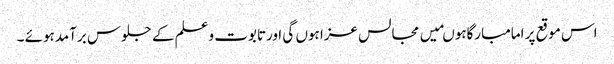
اس موقع پر امامبارگاہوںمیں مجالس عزا ہوں گی اورتابوت وعلم کے جلوس برآمدہوئے ۔